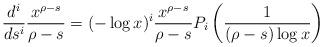
LaTeX: \begin{align*}\frac{d^{i}}{ds^{i}}\frac{x^{\rho-s}}{\rho-s} = (-\log x)^i \frac{x^{\rho-s}}{\rho-s}P_i\left( \frac{1}{(\rho-s)\log x} \right)\end{align*}